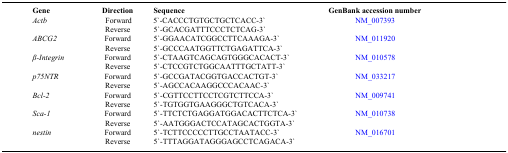
| Gene | Direction | Sequence | GenBank accession number |
 | --- | --- | --- | --- |
 | Actb | Forward | 5`-CACCCTGTGCTGCTCACC-3` | NM_007393 |
 |  | Reverse | 5`-GCACGATTTCCCTCTCAG-3` |  |
 | ABCG2 | Forward | 5`-GGAACATCGGCCTTCAAAGA-3` | NM_011920 |
 |  | Reverse | 5`-GCCCAATGGTTCTGAGATTCA-3` |  |
 | β-Integrin | Forward | 5`-CTAAGTCAGCAGTGGGCACACT-3` | NM_010578 |
 |  | Reverse | 5`-CTCCGTCTGGCAATTTGCTATT-3` |  |
 | p75NTR | Forward | 5`-GCCGATACGGTGACCACTGT-3` | NM_033217 |
 |  | Reverse | 5`-AGCCACAAGGCCCACAAC-3` |  |
 | Bcl-2 | Forward | 5`-CGTTCCTTCCTCGTCTTCCA-3` | NM_009741 |
 |  | Reverse | 5`-TGTGGTGAAGGGCTGTCACA-3` |  |
 | Sca-1 | Forward | 5`-TTCTCTGAGGATGGACACTTCTCA-3` | NM_010738 |
 |  | Reverse | 5`-AATGGGACTCCATAGCACTGGTA-3` |  |
 | nestin | Forward | 5`-TCTTCCCCCTTGCCTAATACC-3` | NM_016701 |
 |  | Reverse | 5`-TTTAGGATAGGGAGCCTCAGACA-3` |  |